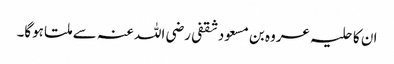
ان کا حلیہ عروہ بن مسعود ثقفی رضی اللہ عنہ سے ملتا ہوگا۔